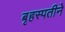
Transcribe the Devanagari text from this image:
बृहस्पतीने